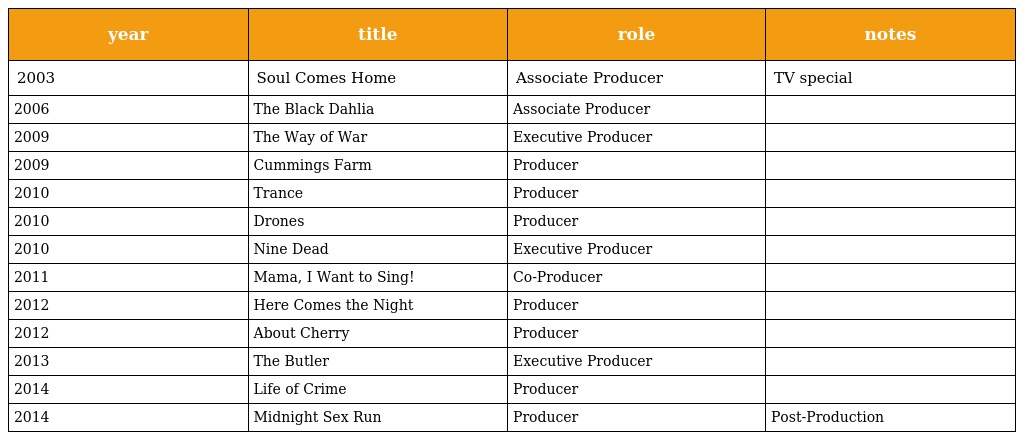
| year | title | role | notes |
 | --- | --- | --- | --- |
 | 2003 | Soul Comes Home | Associate Producer | TV special |
 | 2006 | The Black Dahlia | Associate Producer |  |
 | 2009 | The Way of War | Executive Producer |  |
 | 2009 | Cummings Farm | Producer |  |
 | 2010 | Trance | Producer |  |
 | 2010 | Drones | Producer |  |
 | 2010 | Nine Dead | Executive Producer |  |
 | 2011 | Mama, I Want to Sing! | Co-Producer |  |
 | 2012 | Here Comes the Night | Producer |  |
 | 2012 | About Cherry | Producer |  |
 | 2013 | The Butler | Executive Producer |  |
 | 2014 | Life of Crime | Producer |  |
 | 2014 | Midnight Sex Run | Producer | Post-Production |